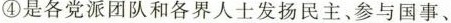
④是各党派团队和各界人士发扬民主、参与国事、